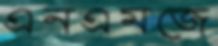
এনএমজে